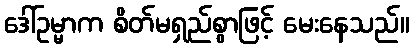
ဒေါ်ဥမ္မာက စိတ်မရှည်စွာဖြင့် မေးနေသည်။